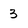
Character: 3